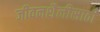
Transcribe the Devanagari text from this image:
जीवनशैलीसाठी